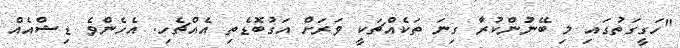
"ހަގީގަތުގައި މި ބޭނުންކުރާ ގިނަ ތަކެއްޗަކީ ވަރަށް އަގުބޮޑެތި އެއްޗެހި. އެހެންވެ ޑިޝްއެއް